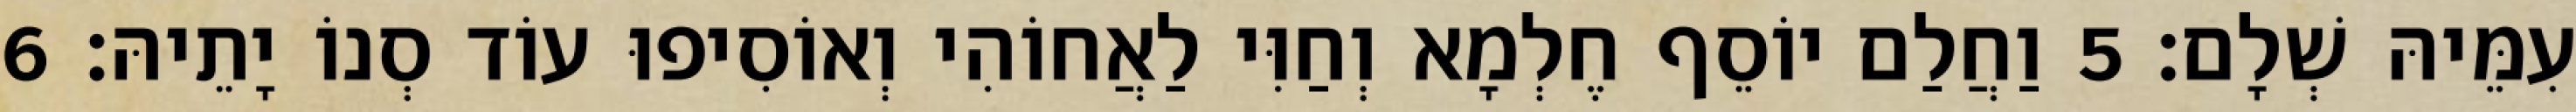
עִמֵּיהּ שְׁלָם׃ 5 וַחֲלַם יוֹסֵף חֶלְמָא וְחַוִּי לַאֲחוֹהִי וְאוֹסִיפוּ עוֹד סְנוֹ יָתֵיהּ׃ 6